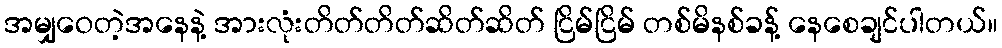
အမျှဝေတဲ့အနေနဲ့ အားလုံးတိတ်တိတ်ဆိတ်ဆိတ် ငြိမ်ငြိမ် တစ်မိနစ်ခန့် နေစေချင်ပါတယ်။